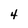
Character: 4